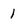
Character: 1